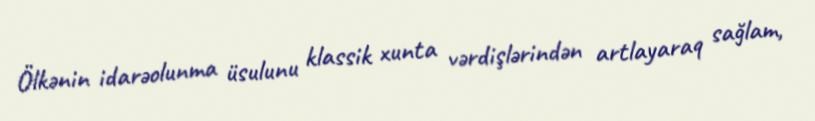
Ölkənin idarəolunma üsulunu klassik xunta vərdişlərindən artlayaraq sağlam,